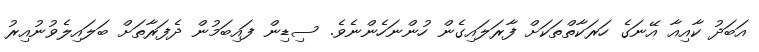
އަބަދު ކާއިއާ އޭނަގެ ހަރަކާތްތަކަށް ފާރަލައިގެން ހުންނަހެންނެވެ. ސިޑިން ފައިބަމުން ދެފަރާތަށް ބަލައިލެވުނުއިރު